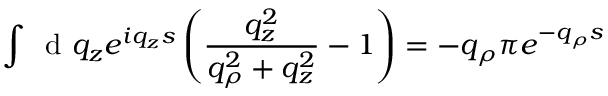
\int \, \mathrm { ~ d ~ } q _ { z } e ^ { i q _ { z } s } \left( \frac { q _ { z } ^ { 2 } } { q _ { \rho } ^ { 2 } + q _ { z } ^ { 2 } } - 1 \right) = - q _ { \rho } \pi e ^ { - q _ { \rho } s }